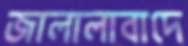
জালালাবাদে